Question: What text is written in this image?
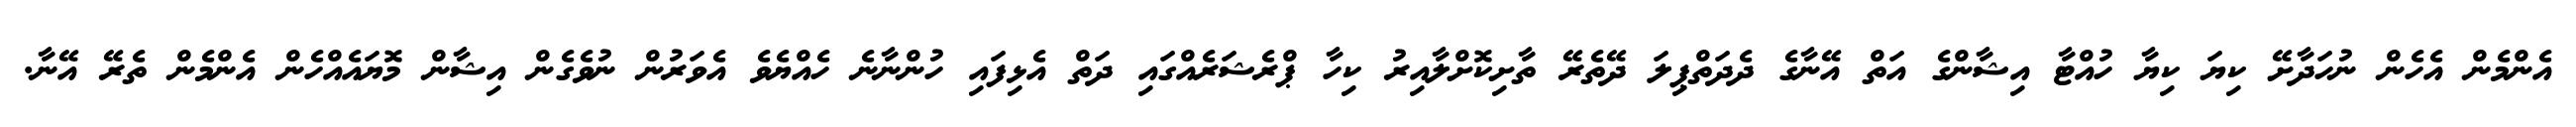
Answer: އެންމެން އެހެން ނުހަދާށޭ ކިޔަ ކިޔާ ހުއްޓާ އިޝާންގެ އަތް އޭނާގެ ދެދަތްޕިލަ ދޭތެރޭ ތާށިކޮށްލާއިރު ކިހާ ޕްރެޝަރެއްގައި ދަތް އެޅިފައި ހުންނާނެ ހެއްޔެވެ އެވަރުން ނުވެގެން އިޝާން މޮޔައެއްހެން އެންމެން ތެރޭ އޭނާ.